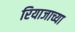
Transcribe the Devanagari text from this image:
रियाजाच्या